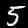
Label: 5